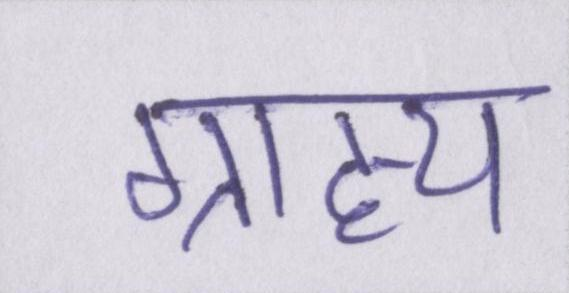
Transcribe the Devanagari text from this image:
ग्राह्य